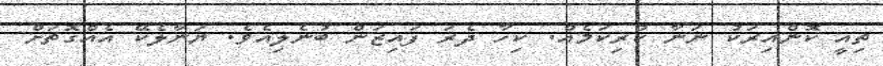
ތިއީ ކޮންއިރަކު ނަނާ ކުރިކަމެއް. ކިހާ ދެރަ ފައިޒަން ބުނެލިއެވެ. ޔަނާލެކޭ އެއްގޮތަށް